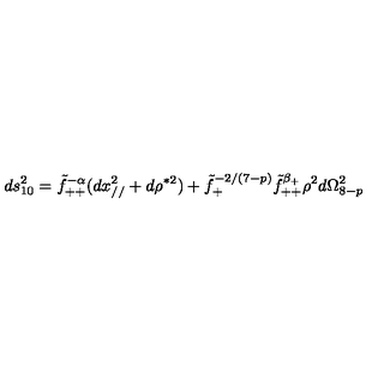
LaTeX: d s _ { 1 0 } ^ { 2 } = \tilde { f } _ { + + } ^ { - \alpha } ( d x _ { / / } ^ { 2 } + d \rho ^ { * 2 } ) + \tilde { f } _ { + } ^ { - 2 / ( 7 - p ) } \tilde { f } _ { + + } ^ { \beta _ { + } } \rho ^ { 2 } d \Omega _ { 8 - p } ^ { 2 }